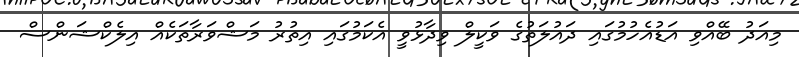
މިއަދު ބޭއްވި އަޑުއެހުމުގައި ދައުލަތުގެ ވަކީލް ވިދާޅުވީ އެކަމުގައި އިތުރު މަޝްވަރާތަކެއް އިލެކްޝަންސް